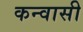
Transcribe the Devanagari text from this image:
कन्वासी